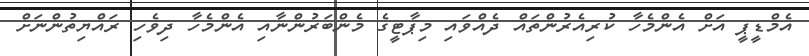
އެމްޑީޕީ އަށް އެންމެހާ ކުރިއެރުންތައް ދެއްވައި މިޕާޓީގެ މެންބަރުންނާއި އެންމެހާ ދިވެހި ރައްޔިތުންނަށް